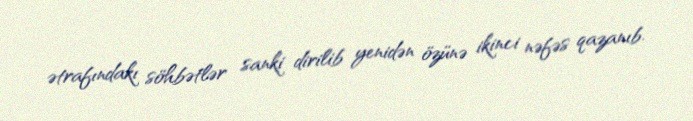
ətrafındakı söhbətlər sanki dirilib yenidən özünə ikinci nəfəs qazanıb.